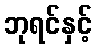
ဘုရင်နှင့်